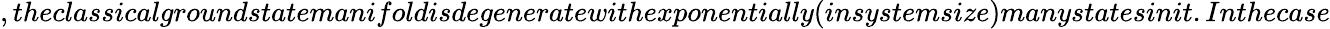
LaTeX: ,theclassicalgroundstatemanifoldisdegeneratewithexponentially(insystemsize)manystatesinit.Inthecase